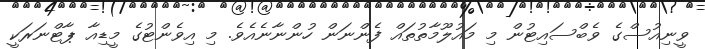
ވީނިއުސްގެ ވެބްސައިޓުން މި މައުލޫމާތުތައް ފެންނަން ހުންނާނެއެވެ. މި އިވެންޓުގެ މީޑިއާ ޕާޓްނަރަކީ